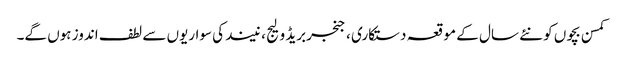
کمسن بچوں کو نئے سال کے موقعہ دستکاری ، جنجربریڈ ولیج ، نیند کی سواریوں سے لطف اندوز ہوں گے۔